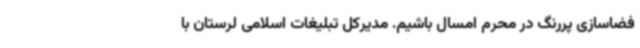
فضاسازی پررنگ در محرم امسال باشیم. مدیرکل تبلیغات اسلامی لرستان با